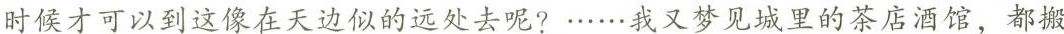
时候才可以到这像在天边似的远处去呢？……我又梦见城里的茶店酒馆，都搬